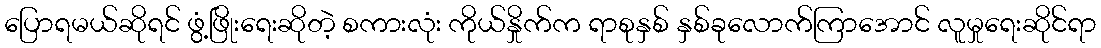
ပြောရမယ်ဆိုရင် ဖွံ့ဖြိုးရေးဆိုတဲ့ စကားလုံး ကိုယ်နှိုက်က ရာစုနှစ် နှစ်ခုလောက်ကြာအောင် လူမှုရေးဆိုင်ရာ